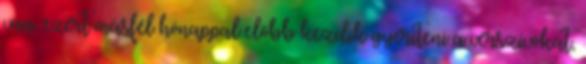
van, ezért másfél hónappal előbb kezdik gyéríteni a vérszívókat,